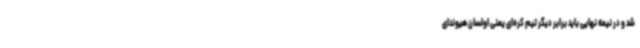
شد و در نیمه نهایی باید برابر دیگر تیم کره‌ای یعنی اولسان هیوندای